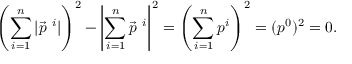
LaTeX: \left( \sum _ { i = 1 } ^ { n } | \vec { p } ^ { \ i } | \right) ^ { 2 } - \left| \sum _ { i = 1 } ^ { n } \vec { p } ^ { \ i } \right| ^ { 2 } = \left( \sum _ { i = 1 } ^ { n } p ^ { i } \right) ^ { 2 } = ( p ^ { 0 } ) ^ { 2 } = 0 .